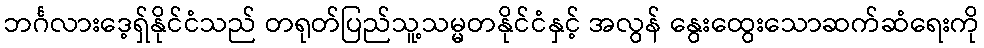
ဘင်္ဂလားဒေ့ရှ်နိုင်ငံသည် တရုတ်ပြည်သူ့သမ္မတနိုင်ငံနှင့် အလွန် နွေးထွေးသောဆက်ဆံရေးကို